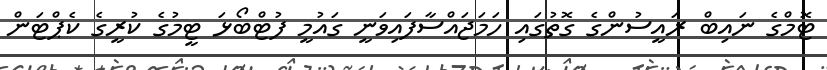
ޓޮމްގެ ނައިބް ރައީސުންގެ ގޮތުގައި ހަަމަޖައްސާފައިވަނީ ގައުމީ ފުޓްބޯޅަ ޓީމުގެ ކުރީގެ ކެޕްޓަން